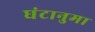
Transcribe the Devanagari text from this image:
घंटानुमा